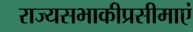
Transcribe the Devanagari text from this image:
राज्यसभाकीप्रसीमाएं